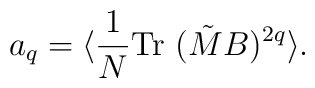
a_q=\langle {1\over N}{\rm Tr}~(\tilde M B)^{2q} \rangle.